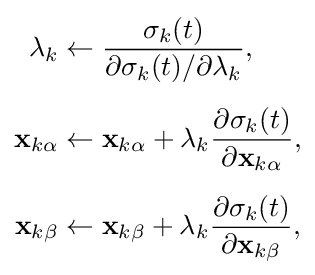
{\begin{aligned}\lambda _{k}&\leftarrow {\frac {\sigma _{k}(t)}{\partial \sigma _{k}(t)/\partial \lambda _{k}}},\\[5pt]\mathbf {x} _{k\alpha }&\leftarrow \mathbf {x} _{k\alpha }+\lambda _{k}{\frac {\partial \sigma _{k}(t)}{\partial \mathbf {x} _{k\alpha }}},\\[5pt]\mathbf {x} _{k\beta }&\leftarrow \mathbf {x} _{k\beta }+\lambda _{k}{\frac {\partial \sigma _{k}(t)}{\partial \mathbf {x} _{k\beta }}},\end{aligned}}